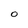
Character: 0